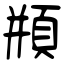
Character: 頩